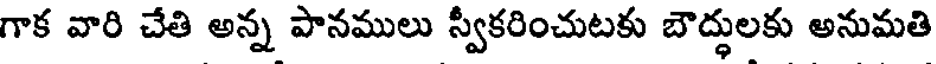
గాక వారి చేతి అన్న పానములు స్వీకరించుటకు బౌద్ధులకు అనుమతి